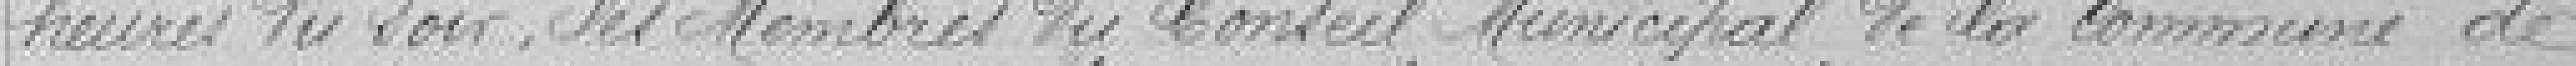
heures du soir, des membres du Conseil municipal de la commune de